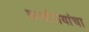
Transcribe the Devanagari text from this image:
कार्यालयांचा